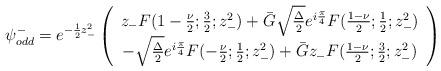
LaTeX: \begin{align*}{\psi}_{odd}^{-} = e^{-\frac{1}{2} z_{-}^2}\left( \begin{array}{c}z_{-} F(1-\frac{\nu}{2};\frac{3}{2};z_{-}^2) + \bar{G} \sqrt{\frac{\Delta}{2}} e^{i\frac{\pi}{4}} F(\frac{1-\nu}{2};\frac{1}{2};z_{-}^2) \\- \sqrt{\frac{\Delta}{2}} e^{i\frac{\pi}{4}} F(-\frac{\nu}{2};\frac{1}{2};z_{-}^2) + \bar{G} z_{-} F(\frac{1-\nu}{2};\frac{3}{2};z_{-}^2)\end{array} \right)\end{align*}